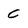
Character: C